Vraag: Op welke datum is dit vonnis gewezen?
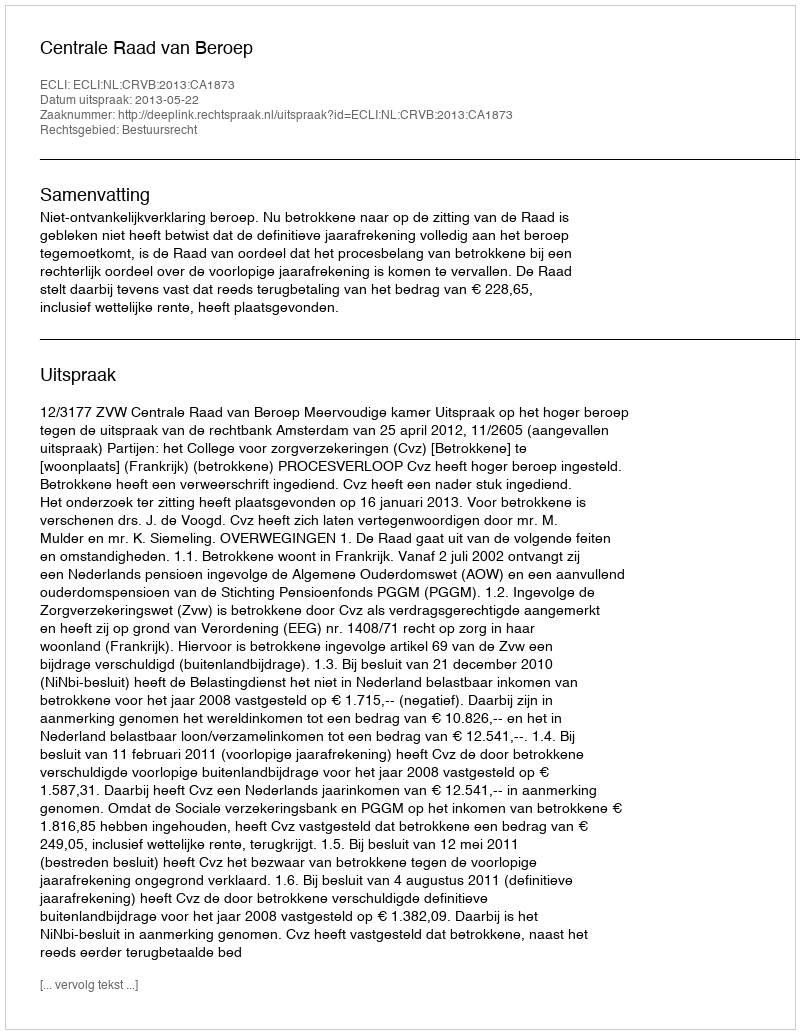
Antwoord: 2013-05-22